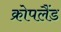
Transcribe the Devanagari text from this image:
क्रोपलैंड